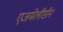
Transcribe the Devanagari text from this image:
एजमेलीसीन